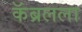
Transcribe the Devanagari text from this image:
कॅब्रलला